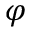
\varphi